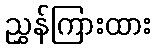
ညွှန်ကြားထား